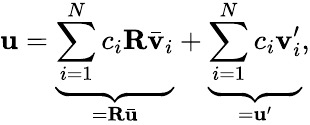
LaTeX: \mathbf{u}=\underbrace{\sum_{i=1}^{N}c_{i}\mathbf{R}\bar{\mathbf{v}}_{i}}_{=\mathbf{R}\bar{\mathbf{u}}}+\underbrace{\sum_{i=1}^{N}c_{i}\mathbf{v}_{i}^{\prime}}_{=\mathbf{u}^{\prime}},